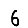
Digit: 6